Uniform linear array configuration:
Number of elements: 48
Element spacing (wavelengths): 0.75
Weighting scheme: hann
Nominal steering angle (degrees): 15
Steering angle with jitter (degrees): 16.498
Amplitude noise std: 0.05
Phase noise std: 0.05

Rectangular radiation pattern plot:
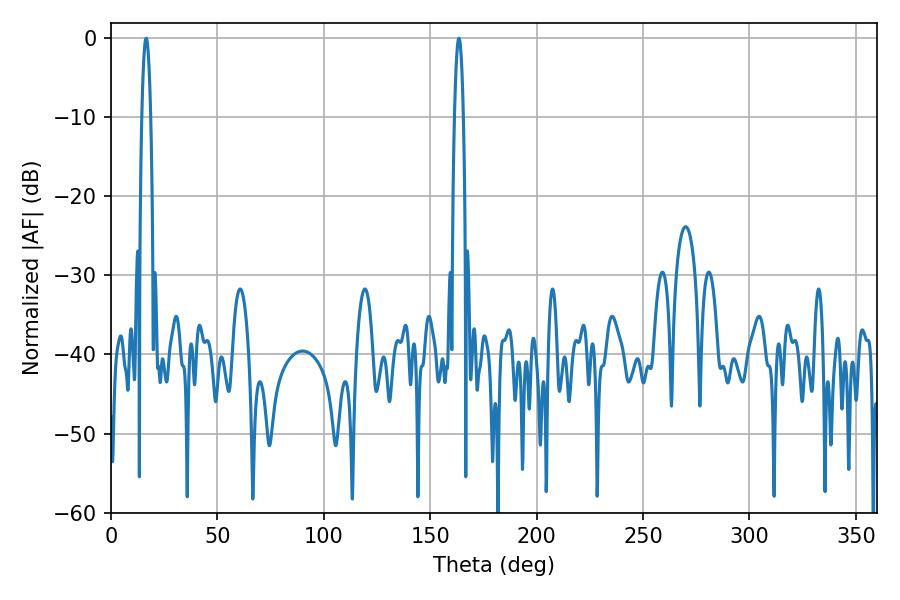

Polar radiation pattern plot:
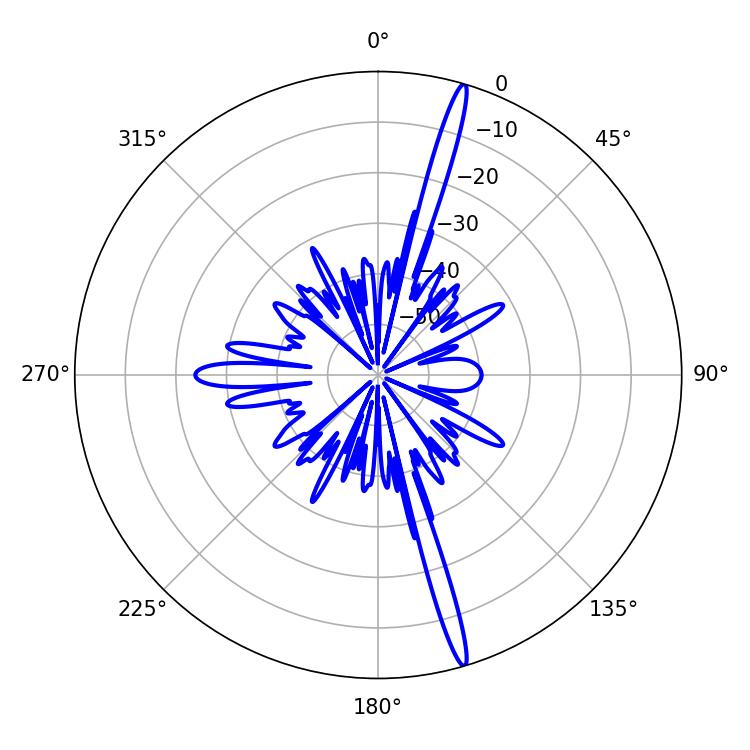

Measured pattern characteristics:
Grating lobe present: TRUE
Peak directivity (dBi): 19.13
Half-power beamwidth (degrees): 2.16
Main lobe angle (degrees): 16.56